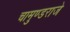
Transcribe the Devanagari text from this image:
चामुण्डराजे